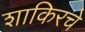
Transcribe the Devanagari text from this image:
शाकिरचे